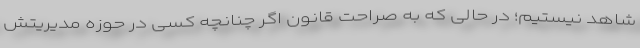
شاهد نیستیم؛ در حالی که به صراحت قانون اگر چنانچه کسی در حوزه مدیریتش